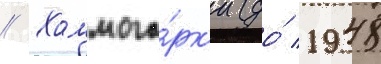
// Холмого́рк'и (до́ 1948